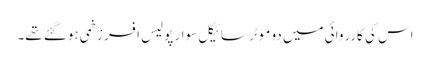
اس کی کارروائی میں دو موٹر سائیکل سوار پولیس افسر زخمی ہوگئے تھے۔